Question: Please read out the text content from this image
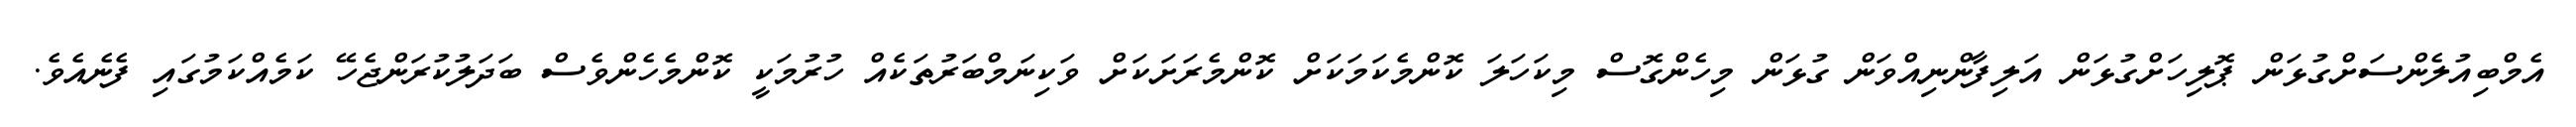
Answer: އެމްބިއުލެންސަށްގުޅަން ޕޮލިހަށްގުޅަން އަލިފާންނިއްވަން ގުޅަން މިހެންގޮސް މިކަހަލަ ކޮންމެކަމަކަށް ކޮންމެރަށަކަށް ވަކިނަމްބަރުތަކެއް ހުރުމަކީ ކޮންމެހެންވެސް ބަދަލުކުރަންޖެހޭ ކަމެއްކަމުގައި ފެނެއެވެ.